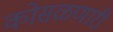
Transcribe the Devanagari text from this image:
कोसळणारी